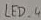
Text: LED_4